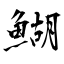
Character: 鰗